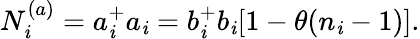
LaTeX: N_{\mathit{i}}^{(a)}=a_{\mathit{i}}^{+}a_{\mathit{i}}=b_{\mathit{i}}^{+}b_{\mathit{i}}[1-\theta(n_{\mathit{i}}-1)].